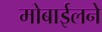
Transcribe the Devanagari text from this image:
मोबाईलने